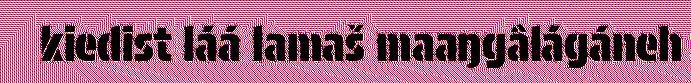
kiedist láá lamaš maaŋgâlágáneh